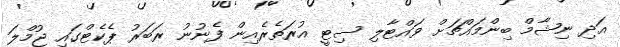
އަދި ނިޝާމް ބިންމައްޗަށް ވައްޓާލި ސިޓީ އުރަތެރެއިން ފެނުނު ރަބަރު ޕެކެޓްގައި ޖުމްލަ